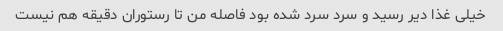
خیلی غذا دیر رسید و سرد سرد شده بود فاصله من تا رستوران دقیقه هم نیست